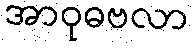
အာဝုဓဗလာ